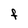
Character: F